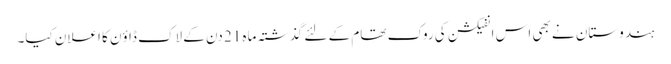
ہندوستان نے بھی اس انفیکشن کی روک تھام کے لئے گذشتہ ماہ 21 دن کے لاک ڈاؤن کا اعلان کیا۔